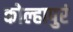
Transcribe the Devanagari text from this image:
कोल्हापुरं